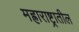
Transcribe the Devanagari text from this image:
मह्राराष्ट्रातील